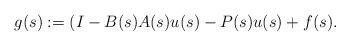
LaTeX: \begin{align*} g(s) := (I-B(s) A(s)u(s) - P(s)u(s)+f(s). \end{align*}